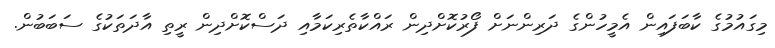
މިގައުމުގެ ކާބަފައިން އެމީހުންގެ ދަރިންނަށް ފޯރުކޮށްދިން ރައްކާތެރިކަމާއި ދަސްކޮށްދިން ރީތި އާދަތަކުގެ ސަބަބުން.